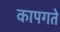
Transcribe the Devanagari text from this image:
कापगते